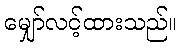
မျှော်လင့်ထားသည်။